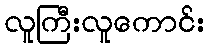
လူကြီးလူကောင်း